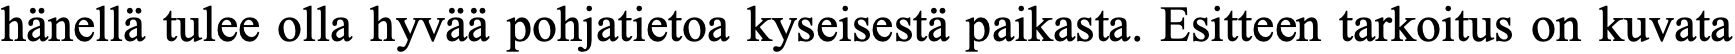
hänellä tulee olla hyvää pohjatietoa kyseisestä paikasta. Esitteen tarkoitus on kuvata